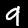
Digit: 9